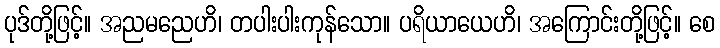
ပုဒ်တို့ဖြင့်။ အညမညေဟိ၊ တပါးပါးကုန်သော။ ပရိယာယေဟိ၊ အကြောင်းတို့ဖြင့်။ စေ